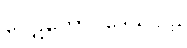
ပေဋတောပဒေသပါဠိ